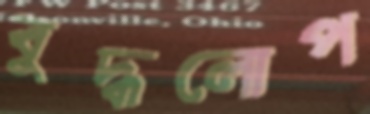
বুদ্ধলোপ